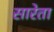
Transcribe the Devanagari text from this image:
सारेता